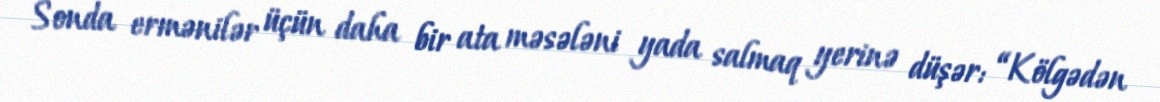
Sonda ermənilər üçün daha bir ata məsələni yada salmaq yerinə düşər: “Kölgədən